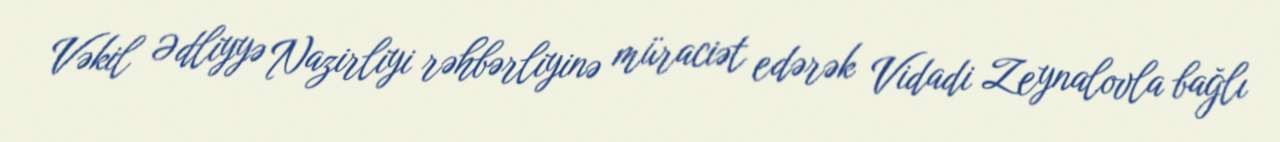
Vəkil Ədliyyə Nazirliyi rəhbərliyinə müraciət edərək Vidadi Zeynalovla bağlı